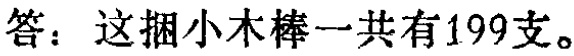
答：这捆小木棒一共有199支。